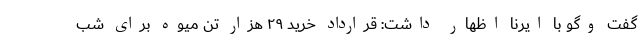
گفت وگو با ایرنا اظهار داشت: قرارداد خرید ۲۹ هزار تن میوه برای شب